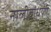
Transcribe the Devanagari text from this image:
नालीबांधणी